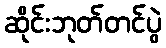
ဆိုင်းဘုတ်တင်ပွဲ